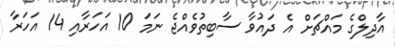
އާދިލްގެ މައްޗަށް އެ ދައުވާ ސާބިތުވެއްޖެ ނަމަ 10 އަހަރާއި 14 އަހަރާ